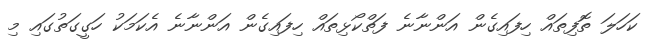
ކަހަލަ ތޮފިތައް ހިފައިގެން އަންނާނެ ފަތްކޯޅިތައް ހިފައިގެން އަންނާނެ އެކަމަކު ހަގީގަތުގައި މި